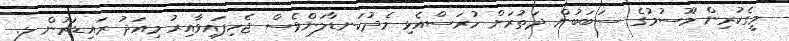
މީގެކުރިން މޫސުމުގެ ސަބަބުން ދަތުރަށް ހުރަސްއެޅި މެދުކަނޑާލަންވެސް ޖެހިފައިވާއިރު މިއަދު ރައިޑަރުން ލ.